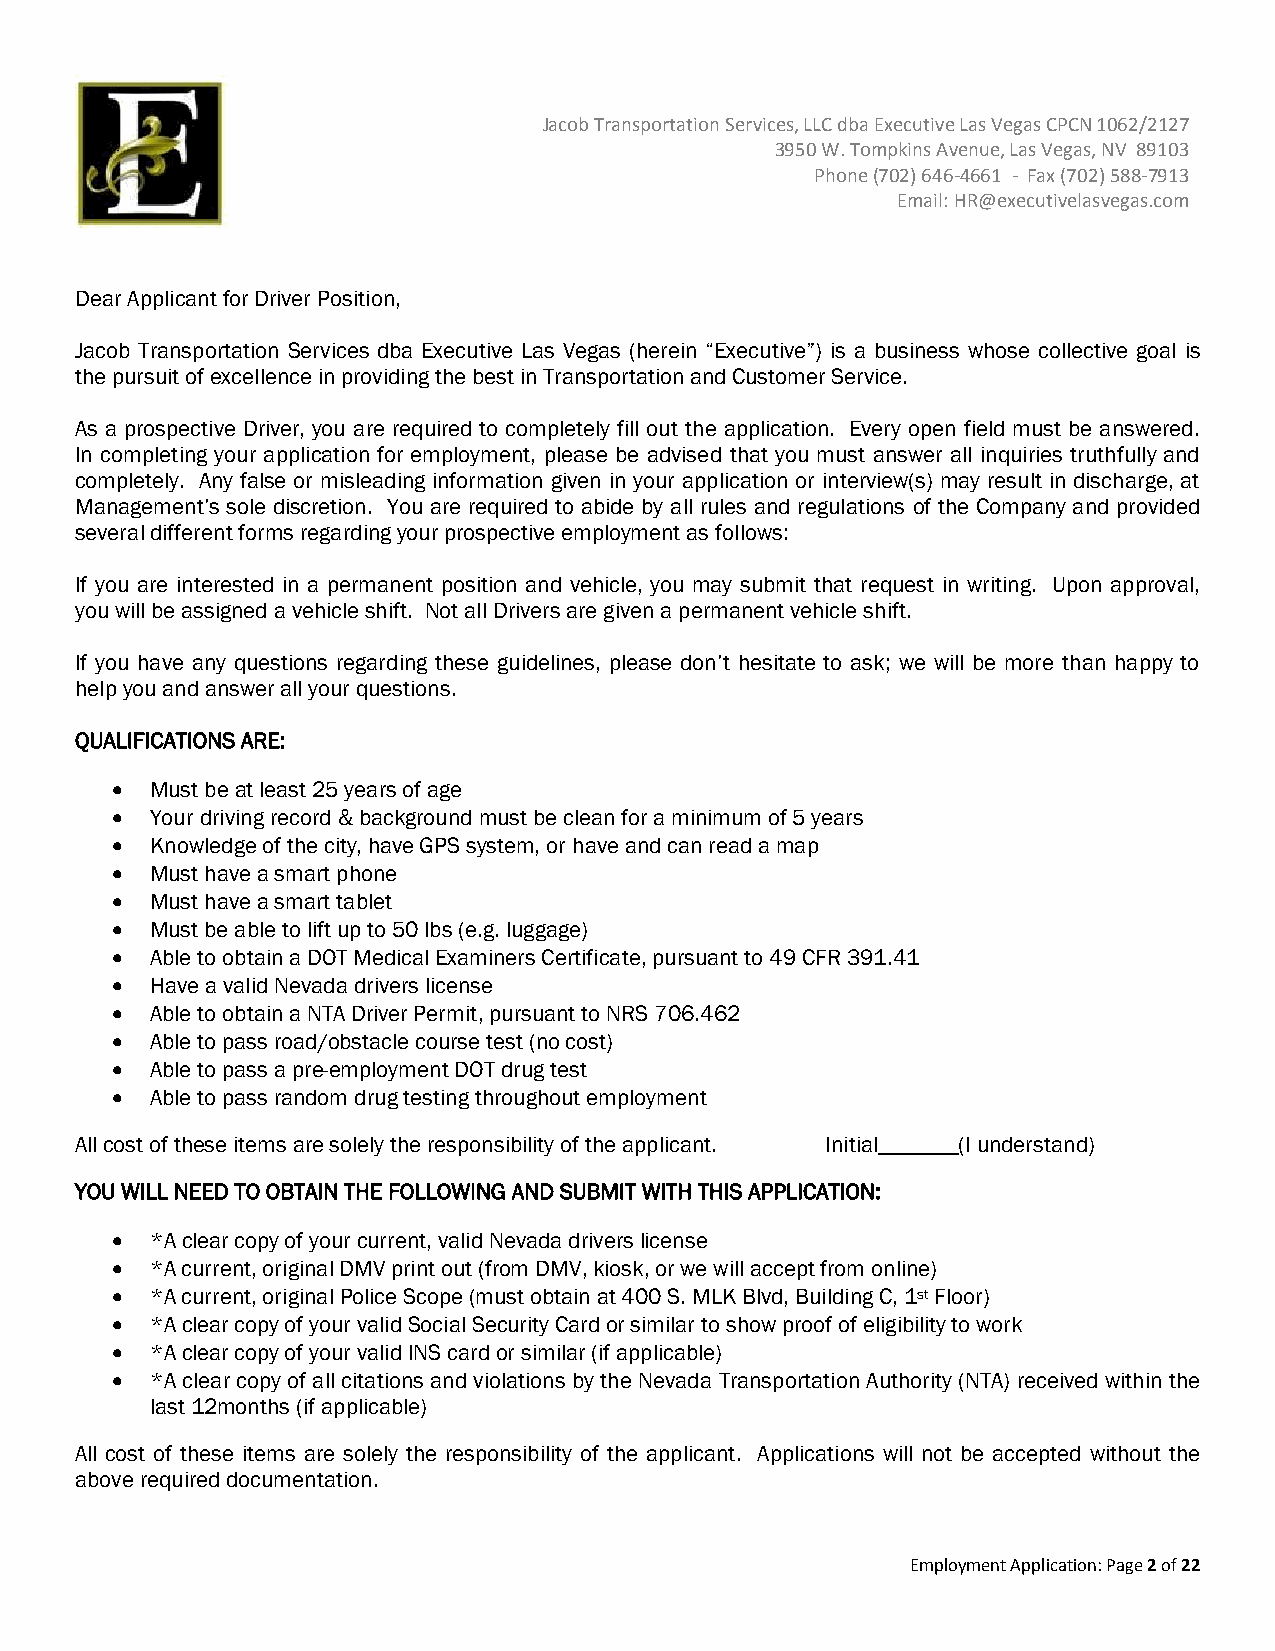
Jacob Transportation Services, LLC dba Executive Las Vegas CPCN 1062/2127
 3950 W. Tompkins Avenue, Las Vegas, NV 89103
 Phone (702) 646-4661 - Fax (702) 588-7913
 Email: HR@executivelasvegas.com
 Dear Applicant for Driver Position,
 Jacob Transportation Services dba Executive Las Vegas (herein “Executive”) is a business whose collective goal is
 the pursuit of excellence in providing the best in Transportation and Customer Service.
 As a prospective Driver, you are required to completely fill out the application. Every open field must be answered.
 In completing your application for employment, please be advised that you must answer all inquiries truthfully and
 completely. Any false or misleading information given in your application or interview(s) may result in discharge, at
 Management’s sole discretion. You are required to abide by all rules and regulations of the Company and provided
 several different forms regarding your prospective employment as follows:
 If you are interested in a permanent position and vehicle, you may submit that request in writing. Upon approval,
 you will be assigned a vehicle shift. Not all Drivers are given a permanent vehicle shift.
 If you have any questions regarding these guidelines, please don’t hesitate to ask; we will be more than happy to
 help you and answer all your questions.
 QUALIFICATIONS ARE:
 •  Must be at least 25 years of age
 •  Your driving record & background must be clean for a minimum of 5 years
 •  Knowledge of the city, have GPS system, or have and can read a map
 •  Must have a smart phone
 •  Must have a smart tablet
 •  Must be able to lift up to 50 lbs (e.g. luggage)
 •  Able to obtain a DOT Medical Examiners Certificate, pursuant to 49 CFR 391.41
 •  Have a valid Nevada drivers license
 •  Able to obtain a NTA Driver Permit, pursuant to NRS 706.462
 •  Able to pass road/obstacle course test (no cost)
 •  Able to pass a pre-employment DOT drug test
 •  Able to pass random drug testing throughout employment
 All cost of these items are solely the responsibility of the applicant. Initial_______(I understand)
 YOU WILL NEED TO OBTAIN THE FOLLOWING AND SUBMIT WITH THIS APPLICATION:
 •  *A clear copy of your current, valid Nevada drivers license
 •  *A current, original DMV print out (from DMV, kiosk, or we will accept from online)
 •  *A current, original Police Scope (must obtain at 400 S. MLK Blvd, Building C, 1st Floor)
 •  *A clear copy of your valid Social Security Card or similar to show proof of eligibility to work
 •  *A clear copy of your valid INS card or similar (if applicable)
 •  *A clear copy of all citations and violations by the Nevada Transportation Authority (NTA) received within the
 last 12months (if applicable)
 All cost of these items are solely the responsibility of the applicant. Applications will not be accepted without the
 above required documentation.
 Employment Application: Page 2 of 22